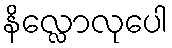
နိလ္လောလုပေါ